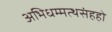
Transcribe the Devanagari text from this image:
अभिधम्मत्थसंहहो